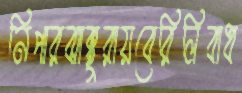
নিপারঝাক্কুরায়বেরিলিবাধ